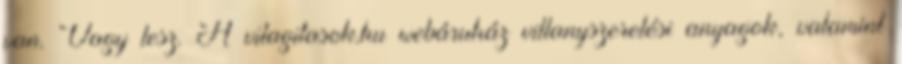
van. Vagy lesz. A vilagitasok.hu webáruház villanyszerelési anyagok, valamint